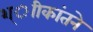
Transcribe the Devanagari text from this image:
श्ाीकांतने